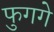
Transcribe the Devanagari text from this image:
फुगगे